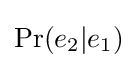
\Pr(e_{2}|e_{1})